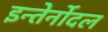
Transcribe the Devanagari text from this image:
इन्तेर्नोदल